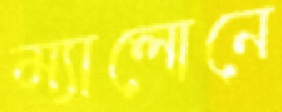
ম্যালোনে